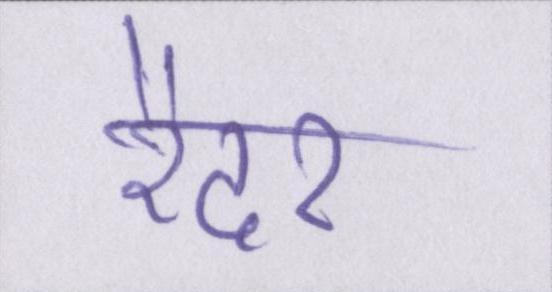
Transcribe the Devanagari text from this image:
रैदर